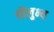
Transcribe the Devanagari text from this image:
चौलुभ्य